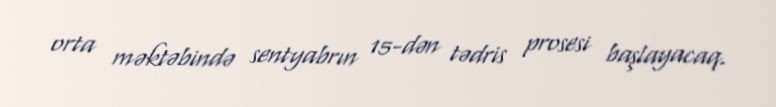
orta məktəbində sentyabrın 15-dən tədris prosesi başlayacaq.